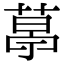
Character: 𦷣